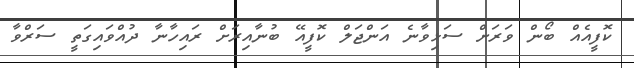
ކޮފީއެއް ބޯން ވަރަށް ސަޅިވާނެ އަންޖަލް ކޮފީއޭ ބުނާއިރަށް ރައިހާނާ ދުއްވައިގަތީ ސަރްވާ